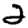
Digit: 2